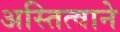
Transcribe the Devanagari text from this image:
अस्तित्वाने